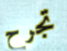
تجرح